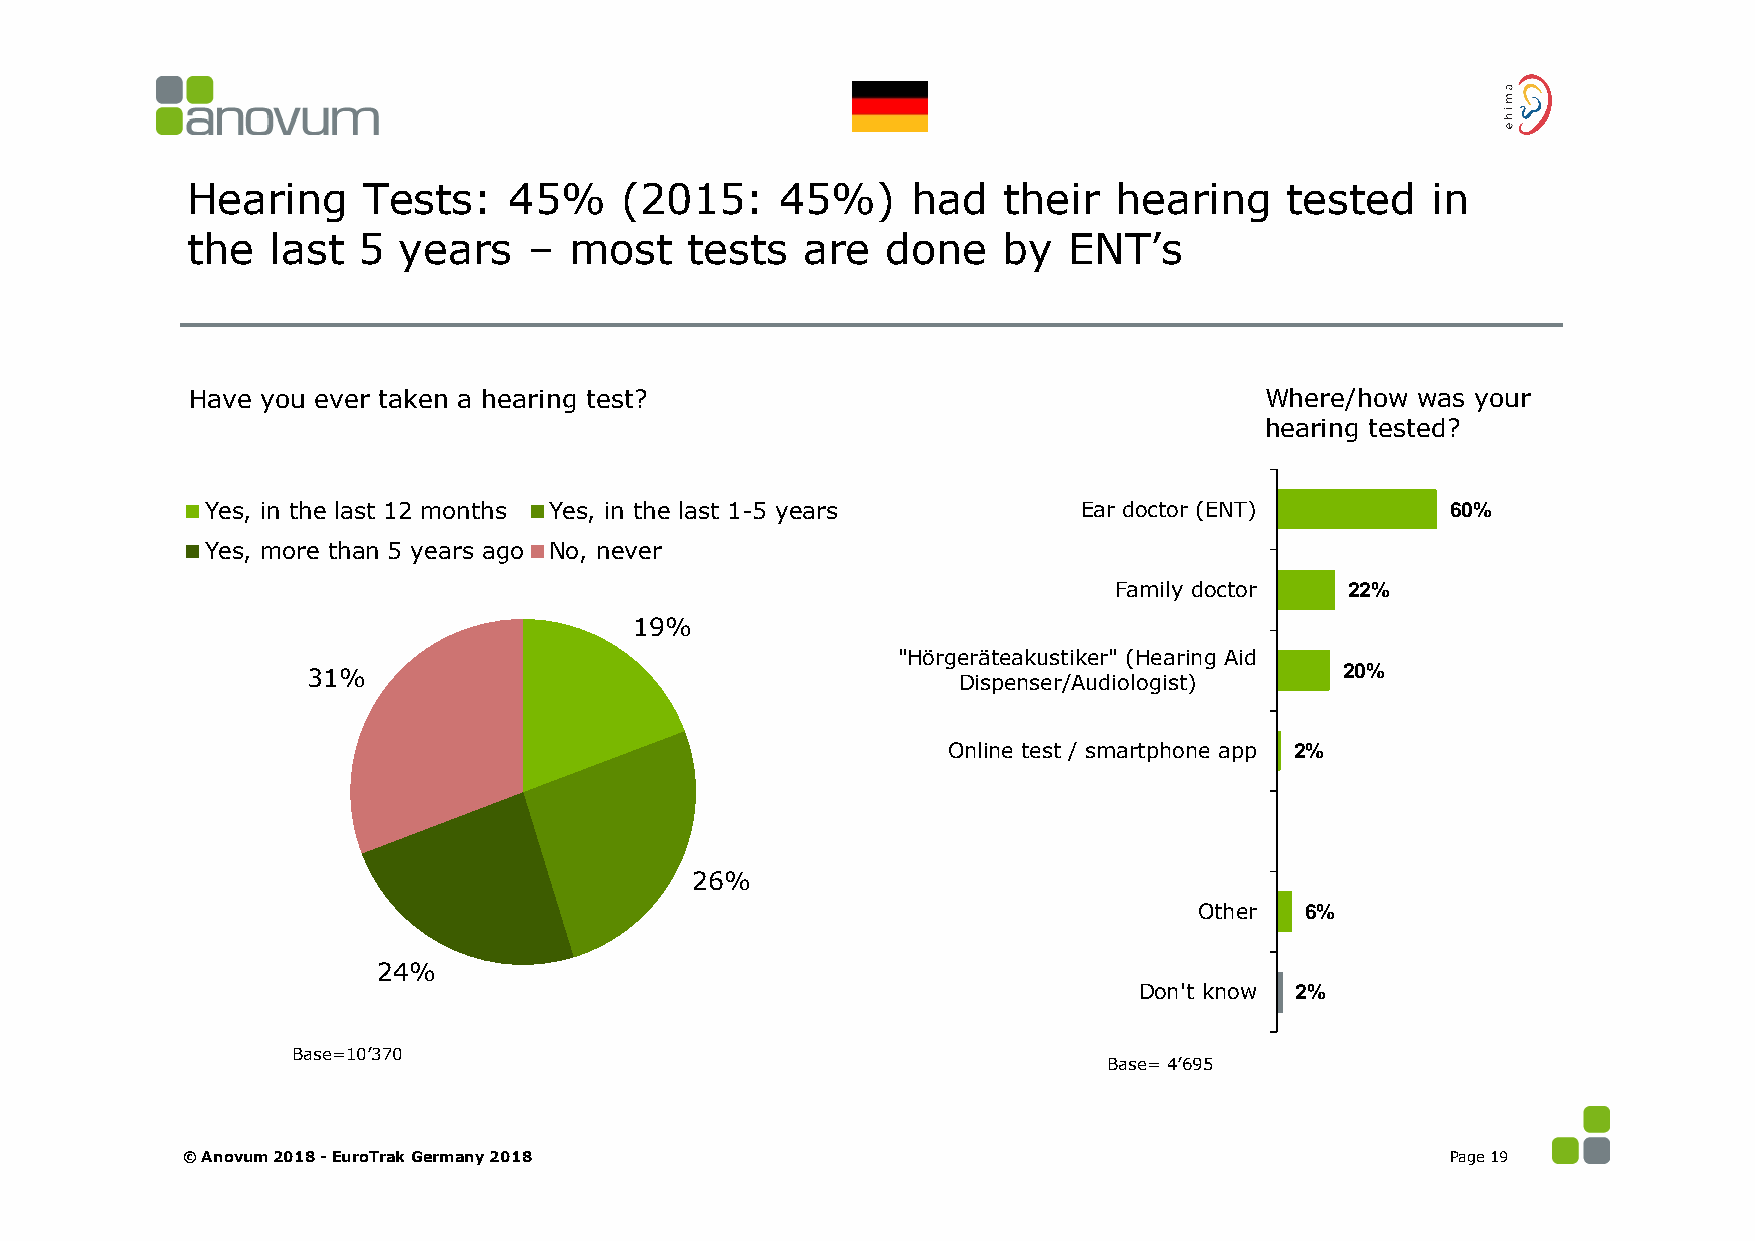
Hearing     Tests:    45%    (2015:     45%)    had   their   hearing    tested    in
 the   last  5 years    –  most    tests  are   done   by   ENT’s
 Have you ever taken a hearing test?                                     Where/how was your
 hearing tested?
 Yes, in the last 12 months Yes, in the last 1-5 years     Ear doctor (ENT)        60%
 Yes, more than 5 years ago No, never
 Family doctor  22%
 19%
 "Hörgeräteakustiker" (Hearing Aid
 31%                                        Dispenser/Audiologist)    20%
 Online test / smartphone app 2%
 26%
 Other  6%
 24%
 Don't know 2%
 Base=10’370
 Base= 4’695
 © Anovum 2018 -EuroTrak Germany 2018                                                Page 19